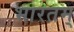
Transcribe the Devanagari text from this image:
भारतम्‌